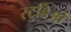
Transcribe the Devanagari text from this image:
स्टुडिओ